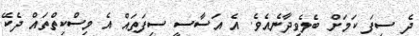
ދެ ސިފަ ކަމަށް ބެލެވިދާނެއެވެ. އެ އަސާސީ ސިފަތައް އެ މިސްކިތްތައް ދެކޭ